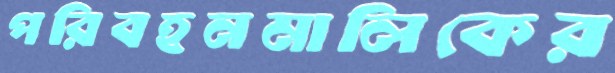
পরিবহনমালিকের